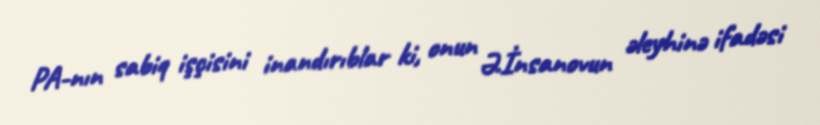
PA-nın sabiq işçisini inandırıblar ki, onun Ə.İnsanovun əleyhinə ifadəsi